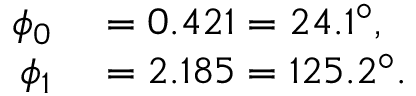
\begin{array} { r l } { \phi _ { 0 } } & { { } = 0 . 4 2 1 = 2 4 . 1 ^ { \circ } , } \\ { \phi _ { 1 } } & { { } = 2 . 1 8 5 = 1 2 5 . 2 ^ { \circ } . } \end{array}